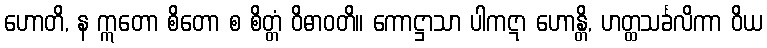
ဟောတိ, န ဣတော စိတော စ စိတ္တံ ဝိဓာဝတိ။ ကောဋ္ဌာသာ ပါကဋာ ဟောန္တိ, ဟတ္ထသင်္ခလိကာ ဝိယ